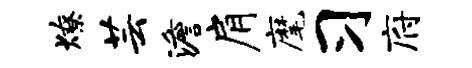
燎芸澹肩麾习府